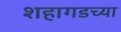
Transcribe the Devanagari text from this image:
शहागडच्या